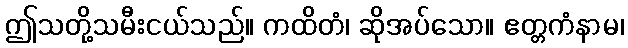
ဤသတို့သမီးငယ်သည်။ ကထိတံ၊ ဆိုအပ်သော။ ဧတ္တကံနာမ၊